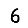
Digit: 6